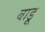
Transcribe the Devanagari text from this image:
बाडू